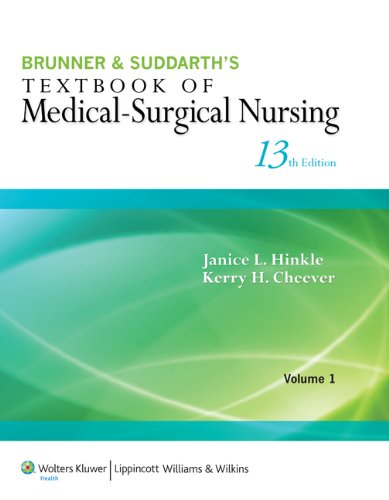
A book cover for Brunner & Suddarth's Textbook of Medical-Surgical Nursing 2 Volume Set with PrepU for Brunner 13 Print Package; Lippincott  Williams & Wilkins; Medical Books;